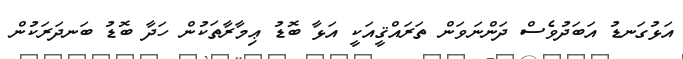
އަޅުގަނޑު އަބަދުވެސް ދަންނަވަން ތަރައްޤީއަކީ އަޅާ ބޮޑު ޢިމާރާތަކުން ހަދާ ބޮޑު ބަނދަރަކުން